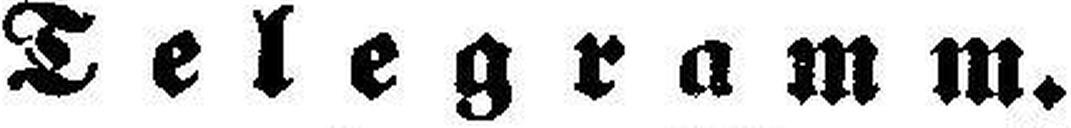
Telegramm.